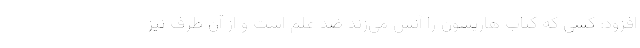
افزود: کسی که کتاب هاریسون را آتش می‌زند ضد علم است و از آن طرف نیز